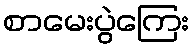
စာမေးပွဲကြေး